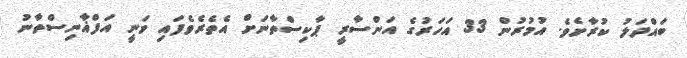
ބައްދަލު ކުރާށެވެ. އުމުރުން 33 އަހަރުގެ އަންސާރީ ޕާކިސްތާނަށް އެތެރެވެފައި ވަނީ އަފްޣާނިސްތާނު